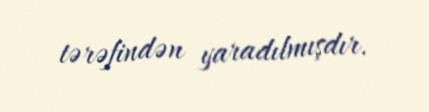
tərəfindən yaradılmışdır.